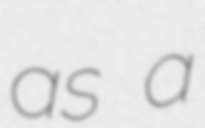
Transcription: as a